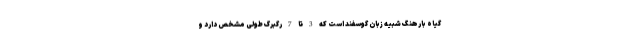
گیاه بارهنگ شبیه زبان گوسفند است که 3 تا 7 رگبرگ طولی مشخص دارد و